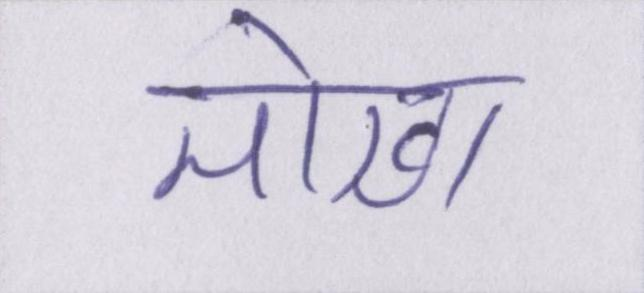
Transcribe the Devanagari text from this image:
मोखा